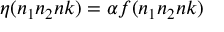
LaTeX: \eta ( n _ { 1 } n _ { 2 } n k ) = \alpha f ( n _ { 1 } n _ { 2 } n k )